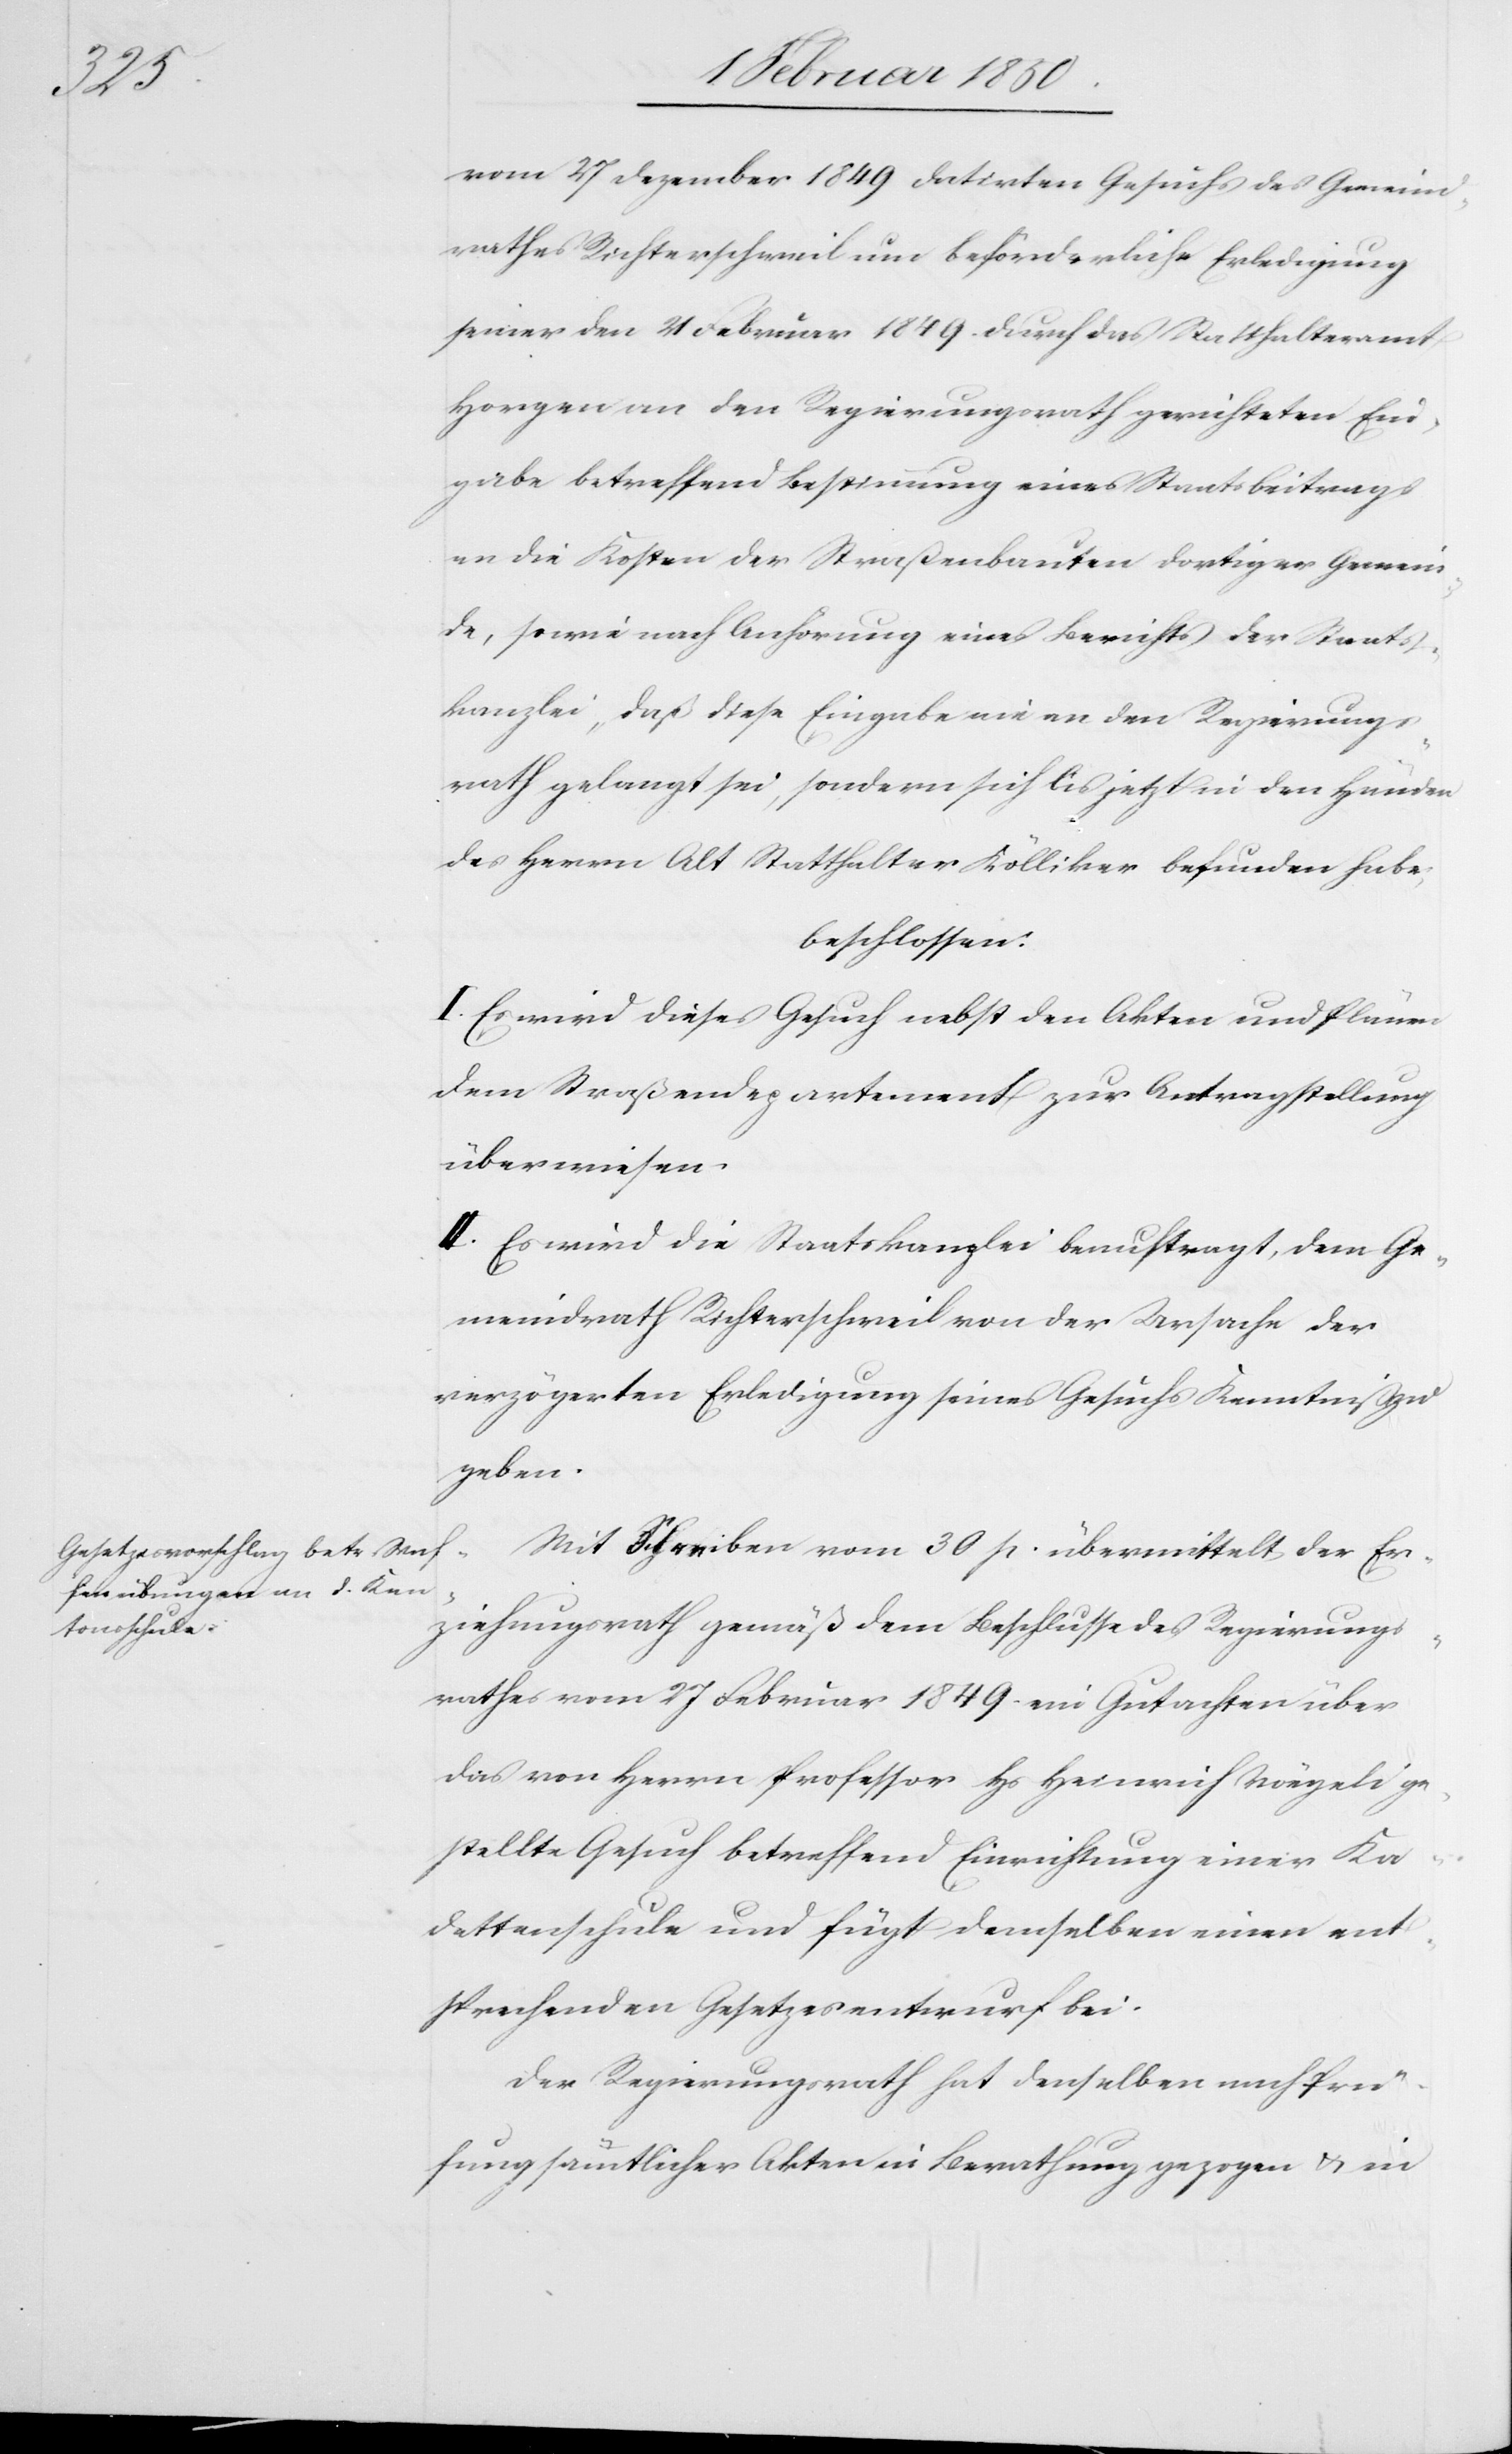
vom 27 Dezember 1849 datirten Gesuchs des Gemeind¬
rathes Richterschweil um beförderliche Erledigung
seiner den 21 Februar 1849 durch das Statthalteramt
Horgen an den Regierungsrath gerichteten Ein¬
gabe betreffend Bestimmung eines Staatsbeitrags
an die Kosten der Straßenbauten dortiger Gemein¬
de, sowie nach Anhörung eines Berichts der Staats¬
kanzlei, daß diese Eingabe nie an den Regierungs¬
rath gelangt sei, sondern sich bis jetzt in den Händen
des Herrn Alt Statthalter Kölliker befunden habe;
beschlossen:
I. Es wird dieses Gesuch nebst den Akten und Plänen
dem Straßendepartement zur Antragstellung
überwiesen.
II. Es wird die Staatskanzlei beauftragt, dem Ge¬
meindrath Richterschweil von der Ursache der
verzögerten Erledigung seines Gesuchs Kenntniß zu
geben.
Mit Schreiben vom 30 p. übermittelt der Er¬
ziehungsrath gemäß dem Beschlusse des Regierungs¬
rathes vom 27 Februar 1849 ein Gutachten über
das von Herrn Professor Hs Heinrich Vöegeli ge¬
stellte Gesuch betreffend Einrichtung einer Ka¬
dettenschule und fügt demselben einen ent¬
sprechenden Gesetzesentwurf bei.
Der Regierungsrath hat denselben nach Prü¬
fung sämmtlicher Akten in Berathung gezogen u. in